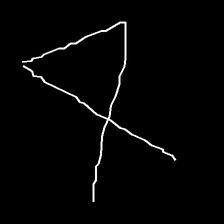
Glyph: collection